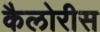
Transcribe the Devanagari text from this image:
कैलोरीस